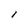
Character: l